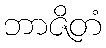
ဘာဇိတံ